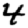
Digit: 4